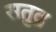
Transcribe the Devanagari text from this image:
सतुद्र